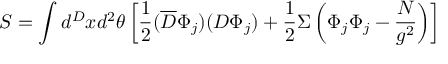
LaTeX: S = \int { d } ^ { D } x d ^ { 2 } \theta \left[ \frac { 1 } { 2 } ( \overline { { { D } } } \Phi _ { j } ) ( D \Phi _ { j } ) + \frac { 1 } { 2 } \Sigma \left( \Phi _ { j } \Phi _ { j } - \frac { N } { g ^ { 2 } } \right) \right]